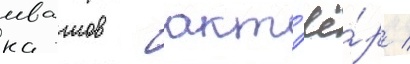
ивашов - акт'ё́р /